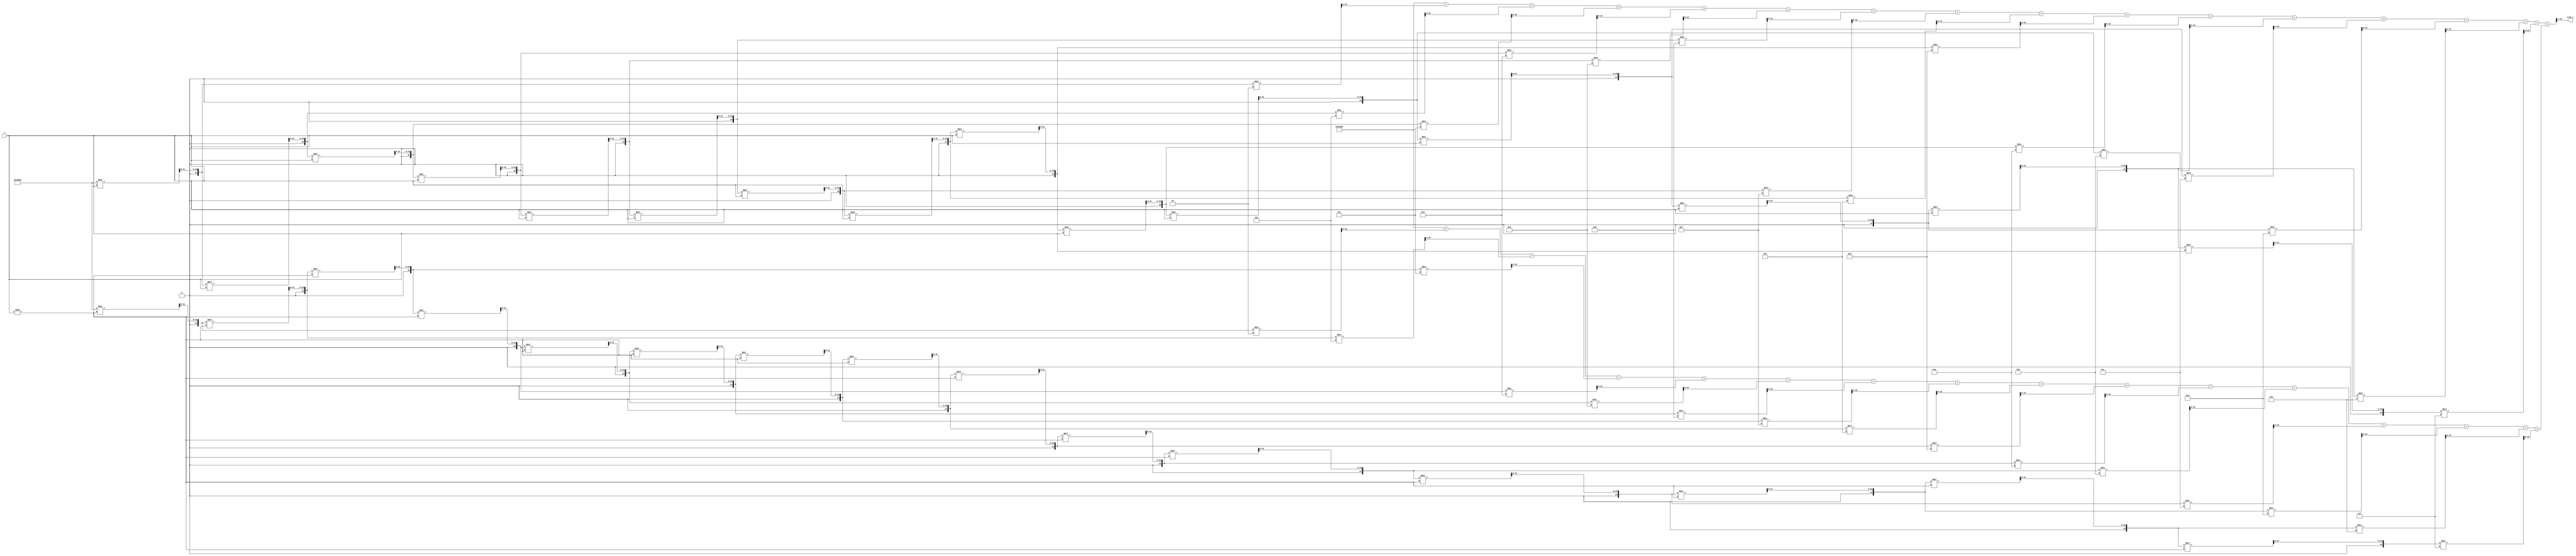
module hyperbolic_cosine (
    input wire signed [15:0] x,        // Input value (fixed-point, 16 bits)
    output reg signed [15:0] cosh_x     // Output value (fixed-point, 16 bits)
);

    // Parameters for fixed-point representation
    parameter FIXED_POINT_FRACTIONAL_BITS = 8; // Number of fractional bits
    parameter EXPONENTIATION_PRECISION = 16;   // Precision for exponentiation

    // Internal signals
    wire signed [31:0] exp_x;            // e^x
    wire signed [31:0] exp_neg_x;        // e^(-x)
    wire signed [31:0] sum_exp;          // Sum of e^x and e^(-x)

    // Exponentiation function using Taylor series approximation
    function signed [31:0] exp_taylor;
        input signed [15:0] input_x;
        integer i;
        reg signed [31:0] term;
        reg signed [31:0] result;
        begin
            // Initialize
            result = 32'h00010000; // e^0 = 1 in fixed-point
            term = 32'h00010000;   // First term is 1

            // Calculate terms of Taylor series: e^x = 1 + x/1! + x^2/2! + x^3/3! + ...
            for (i = 1; i < EXPONENTIATION_PRECISION; i = i + 1) begin
                term = (term * input_x) >> FIXED_POINT_FRACTIONAL_BITS; // x^i / i!
                result = result + (term / $signed(i)); // Add current term
            end

            exp_taylor = result;
        end
    endfunction

    // Compute e^x and e^(-x)
    assign exp_x = exp_taylor(x);
    assign exp_neg_x = exp_taylor(-x);

    // Compute sum of e^x and e^(-x)
    assign sum_exp = exp_x + exp_neg_x;

    // Compute cosh(x) = (e^x + e^(-x)) / 2
    always @(*) begin
        cosh_x = sum_exp >> 1; // Division by 2 using right shift
    end

endmodule